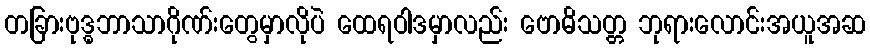
တခြားဗုဒ္ဓဘာသာဂိုဏ်းတွေမှာလိုပဲ ထေရဝါဒမှာလည်း ဗောဓိသတ္တ ဘုရားလောင်းအယူအဆ